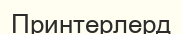
Принтерлерд